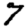
Digit: 7